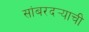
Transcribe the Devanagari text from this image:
सांबरदर्‍याची